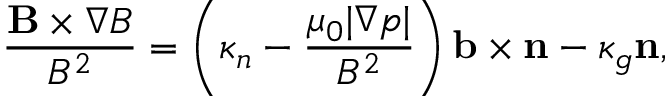
\frac { \mathbf { B } \times \nabla B } { B ^ { 2 } } = \left( \kappa _ { n } - \frac { \mu _ { 0 } | \nabla p | } { B ^ { 2 } } \right) \mathbf { b } \times \mathbf { n } - \kappa _ { g } \mathbf { n } ,